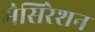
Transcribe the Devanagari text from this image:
मैसिरेशन